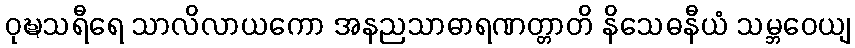
ဝုဍ္ဎသရီရေ သာလိလာယကော အနညသာဓာရဏတ္တာတိ နိသေဓနီယံ သမ္ဘဝေယျ